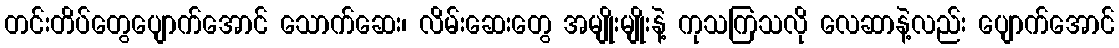
တင်းတိပ်တွေပျောက်အောင် သောက်ဆေး၊ လိမ်းဆေးတွေ အမျိုးမျိုးနဲ့ ကုသကြသလို လေဆာနဲ့လည်း ပျောက်အောင်